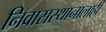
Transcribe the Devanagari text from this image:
निवासस्थानालाही